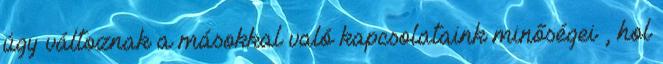
úgy változnak a másokkal való kapcsolataink minőségei , hol